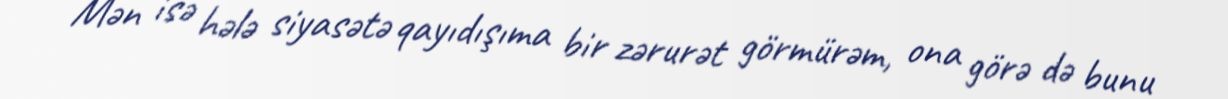
Mən isə hələ siyasətə qayıdışıma bir zərurət görmürəm, ona görə də bunu